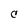
Character: C